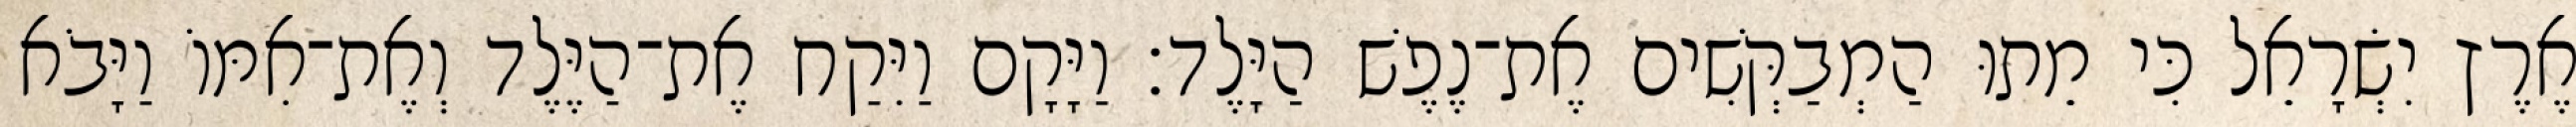
אֶרֶץ יִשְׂרָאֵל כִּי מֵתוּ הַמְבַקְּשִׁים אֶת־נֶפֶשׁ הַיָּלֶד׃ וַיָּקָם וַיִּקַח אֶת־הַיֶּלֶד וְאֶת־אִמּוֹ וַיָּבֹא